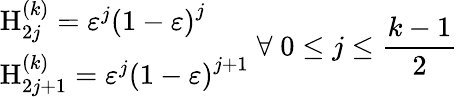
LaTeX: \begin{array}{l}{{\mathrm{H}_{2j}^{\left(k\right)}=\varepsilon^{j}\left(1-\varepsilon\right)^{j}}}\\ {{\mathrm{H}_{2j+1}^{\left(k\right)}=\varepsilon^{j}\left(1-\varepsilon\right)^{j+1}}}\end{array}\; \forall\; 0\leq j\leq\frac{k-1}2